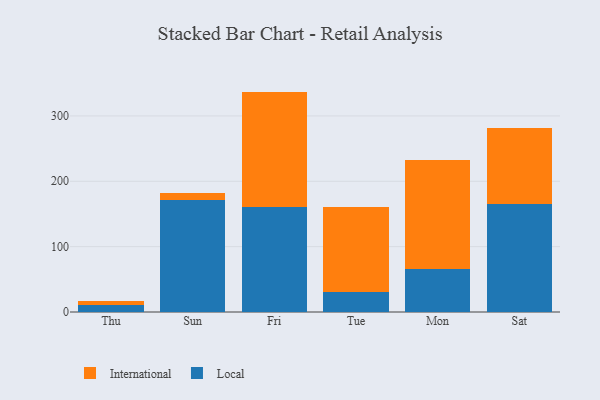
{"axis": {"x": "Day", "y": "Humidity (%)"}, "legend": ["International", "Local"], "data": [{"x": "Thu", "y": 10.6, "type": "Local"}, {"x": "Thu", "y": 6.0, "type": "International"}, {"x": "Sun", "y": 171.9, "type": "Local"}, {"x": "Sun", "y": 10.7, "type": "International"}, {"x": "Fri", "y": 160.7, "type": "Local"}, {"x": "Fri", "y": 176.5, "type": "International"}, {"x": "Tue", "y": 30.9, "type": "Local"}, {"x": "Tue", "y": 129.7, "type": "International"}, {"x": "Mon", "y": 66.4, "type": "Local"}, {"x": "Mon", "y": 166.0, "type": "International"}, {"x": "Sat", "y": 165.4, "type": "Local"}, {"x": "Sat", "y": 116.2, "type": "International"}]}